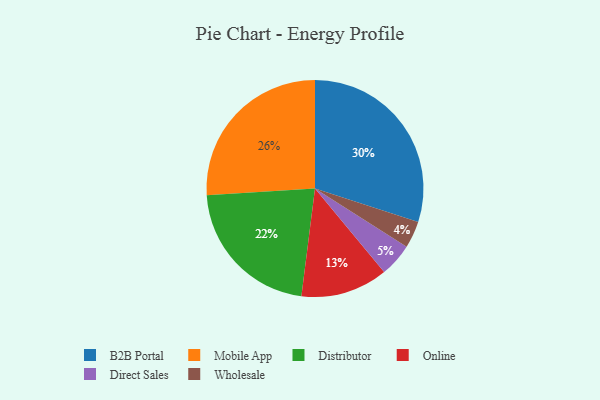
{"axis": {"x": "Category", "y": "Percentage"}, "legend": ["B2B Portal", "Direct Sales", "Distributor", "Mobile App", "Online", "Wholesale"], "data": [{"x": "Online", "y": 13, "type": "Online"}, {"x": "Distributor", "y": 22, "type": "Distributor"}, {"x": "Mobile App", "y": 26, "type": "Mobile App"}, {"x": "B2B Portal", "y": 30, "type": "B2B Portal"}, {"x": "Wholesale", "y": 4, "type": "Wholesale"}, {"x": "Direct Sales", "y": 5, "type": "Direct Sales"}]}